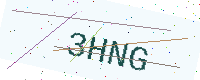
Text: 3HNG